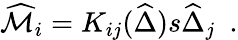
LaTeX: \widehat{\cal M}_{i}=K_{ij}(\widehat{\Delta})s\widehat{\Delta}_{j}\ \ .